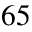
6 5